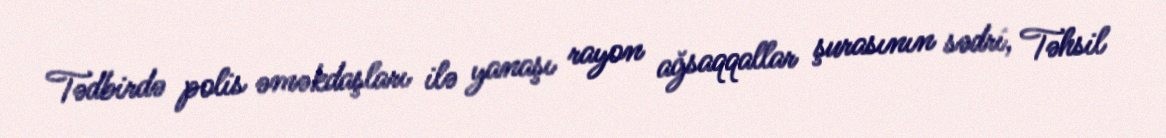
Tədbirdə polis əməkdaşları ilə yanaşı rayon ağsaqqallar şurasının sədri, Təhsil